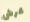
عرش